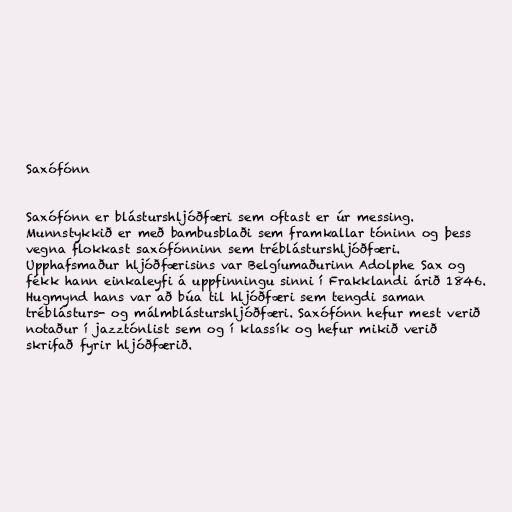
Saxófónn

Saxófónn er blásturshljóðfæri sem oftast er úr messing.
Munnstykkið er með bambusblaði sem framkallar tóninn og þess
vegna flokkast saxófónninn sem tréblásturshljóðfæri.
Upphafsmaður hljóðfærisins var Belgíumaðurinn Adolphe Sax og
fékk hann einkaleyfi á uppfinningu sinni í Frakklandi árið 1846.
Hugmynd hans var að búa til hljóðfæri sem tengdi saman
tréblásturs- og málmblásturshljóðfæri. Saxófónn hefur mest verið
notaður í jazztónlist sem og í klassík og hefur mikið verið
skrifað fyrir hljóðfærið.